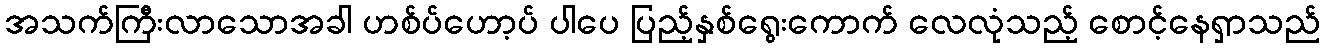
အသက်ကြီးလာသောအခါ ဟစ်ပ်ဟော့ပ် ပါပေ ပြည့်နှစ်ရွေးကောက် လေလုံသည့် စောင့်နေရှာသည်